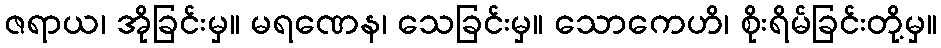
ဇရာယ၊ အိုခြင်းမှ။ မရဏေန၊ သေခြင်းမှ။ သောကေဟိ၊ စိုးရိမ်ခြင်းတို့မှ။